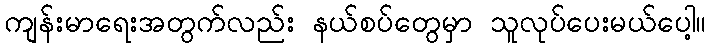
ကျန်းမာရေးအတွက်လည်း နယ်စပ်တွေမှာ သူလုပ်ပေးမယ်ပေါ့။